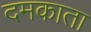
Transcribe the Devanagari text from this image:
दमकाता